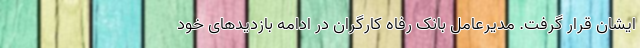
ایشان قرار گرفت. مدیرعامل بانک رفاه کارگران در ادامه بازدیدهای خود